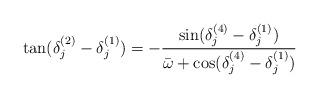
LaTeX: \begin{align*}\tan (\delta_j^{(2)} - \delta_j^{(1)}) =-{\sin(\delta_j^{(4)}-\delta_j^{(1)})\over \bar\omega+\cos(\delta_j^{(4)}- \delta_j^{(1)})}\end{align*}